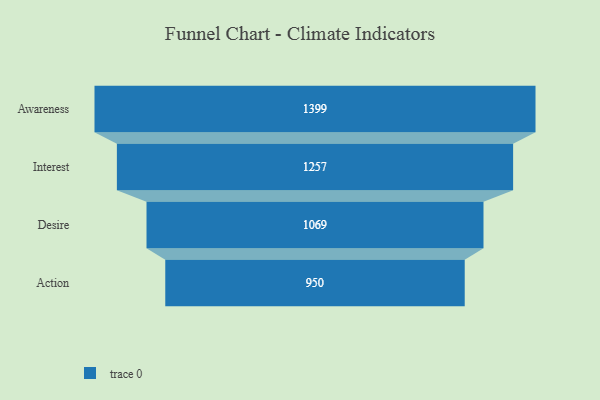
{"axis": {"x": "Stage", "y": "Value"}, "legend": [""], "data": [{"x": "Awareness", "y": 1399.0, "type": ""}, {"x": "Interest", "y": 1257.0, "type": ""}, {"x": "Desire", "y": 1069.0, "type": ""}, {"x": "Action", "y": 950.0, "type": ""}]}